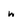
Character: w